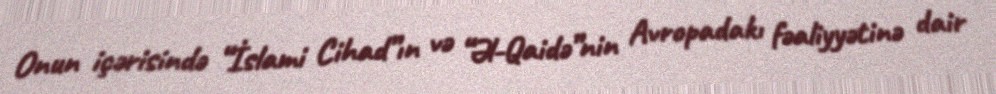
Onun içərisində “İslami Cihad”ın və “Əl-Qaidə”nin Avropadakı fəaliyyətinə dair